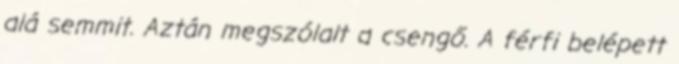
alá semmit. Aztán megszólalt a csengő. A férfi belépett